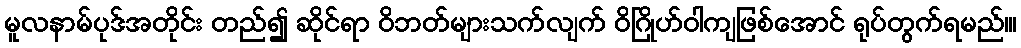
မူလနာမ်ပုဒ်အတိုင်း တည်၍ ဆိုင်ရာ ဝိဘတ်များသက်လျက် ဝိဂြိုဟ်ဝါကျဖြစ်အောင် ရုပ်တွက်ရမည်၊။